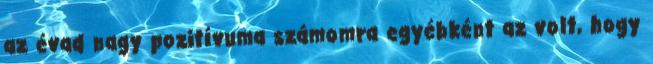
az évad nagy pozitívuma számomra egyébként az volt, hogy